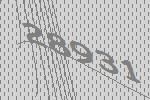
28931